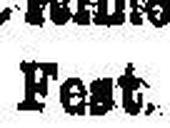
Fest.